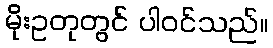
မိုးဥတုတွင် ပါဝင်သည်။